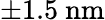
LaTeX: \pm 1.5\ \mathrm{nm}